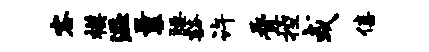
客模溢曩腰豁许叠控或僖